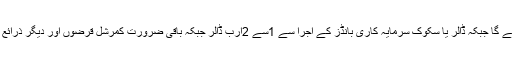
رپورٹ کے مطابق ورلڈ بینک اور ایشیائی ترقیاتی بینکوں سے 2سے 3ارب ڈالر کا قرضہ حاصل کیا جائے گا جبکہ ڈالر یا سکوک سرمایہ کاری بانڈز کے اجرا سے 1سے 2ارب ڈالر جبکہ باقی ضرورت کمرشل قرضوں اور دیگر ذرائع سے پوری کی جائیگی جن میں سی پیک منصوبوں کے لیے چینی اداروں کی مالی معاونت بھی شامل ہے۔